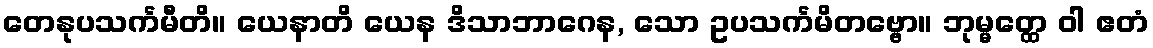
တေနုပသင်္ကမီတိ။ ယေနာတိ ယေန ဒိသာဘာဂေန, သော ဥပသင်္ကမိတဗ္ဗော။ ဘုမ္မတ္ထေ ဝါ ဧတံ